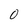
Character: O